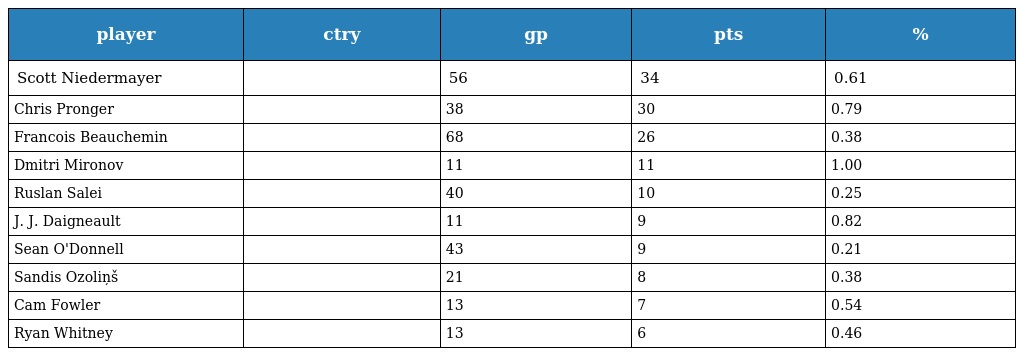
| player | ctry | gp | pts | % |
 | --- | --- | --- | --- | --- |
 | Scott Niedermayer |  | 56 | 34 | 0.61 |
 | Chris Pronger |  | 38 | 30 | 0.79 |
 | Francois Beauchemin |  | 68 | 26 | 0.38 |
 | Dmitri Mironov |  | 11 | 11 | 1.00 |
 | Ruslan Salei |  | 40 | 10 | 0.25 |
 | J. J. Daigneault |  | 11 | 9 | 0.82 |
 | Sean O'Donnell |  | 43 | 9 | 0.21 |
 | Sandis Ozoliņš |  | 21 | 8 | 0.38 |
 | Cam Fowler |  | 13 | 7 | 0.54 |
 | Ryan Whitney |  | 13 | 6 | 0.46 |